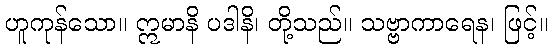
ဟူကုန်သော။ ဣမာနိ ပဒါနိ၊ တို့သည်။ သဗ္ဗာကာရေန၊ ဖြင့်။